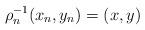
LaTeX: \begin{align*}\rho_n^{-1}(x_n,y_n)=(x,y) \end{align*}